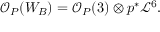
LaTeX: { \mathcal O } _ { P } ( W _ { B } ) = { \mathcal O } _ { P } ( 3 ) \otimes p ^ { * } { \mathcal L } ^ { 6 } .